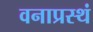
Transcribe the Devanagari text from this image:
वनाप्रस्थं